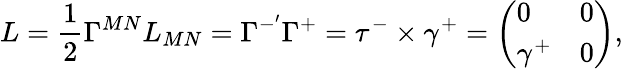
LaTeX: L=\frac{1}{2}\Gamma^{MN}L_{MN}=\Gamma^{-^{\prime}}\Gamma^{+}=\tau^{-}\times\gamma^{+}=\left(\begin{array}{ll}{{0}}&{{0}}\\ {{\gamma^{+}}}&{{0}}\end{array}\right),